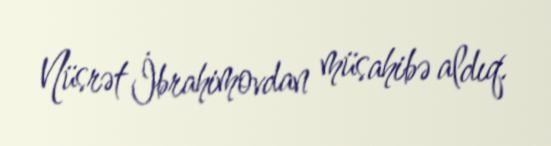
Nüsrət İbrahimovdan müsahibə aldıq.